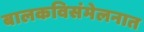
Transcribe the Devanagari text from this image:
बालकविसंमेलनात